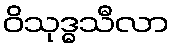
ဝိသုဒ္ဓသီလာ